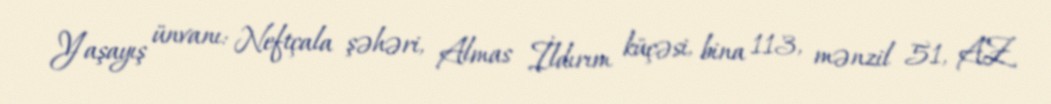
Yaşayış ünvanı: Neftçala şəhəri, Almas İldırım küçəsi, bina 113, mənzil 51, AZ